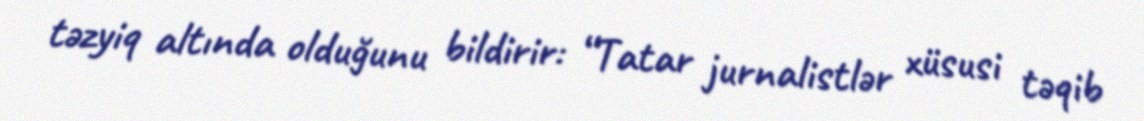
təzyiq altında olduğunu bildirir: “Tatar jurnalistlər xüsusi təqib